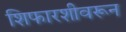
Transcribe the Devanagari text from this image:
शिफारशीवरून